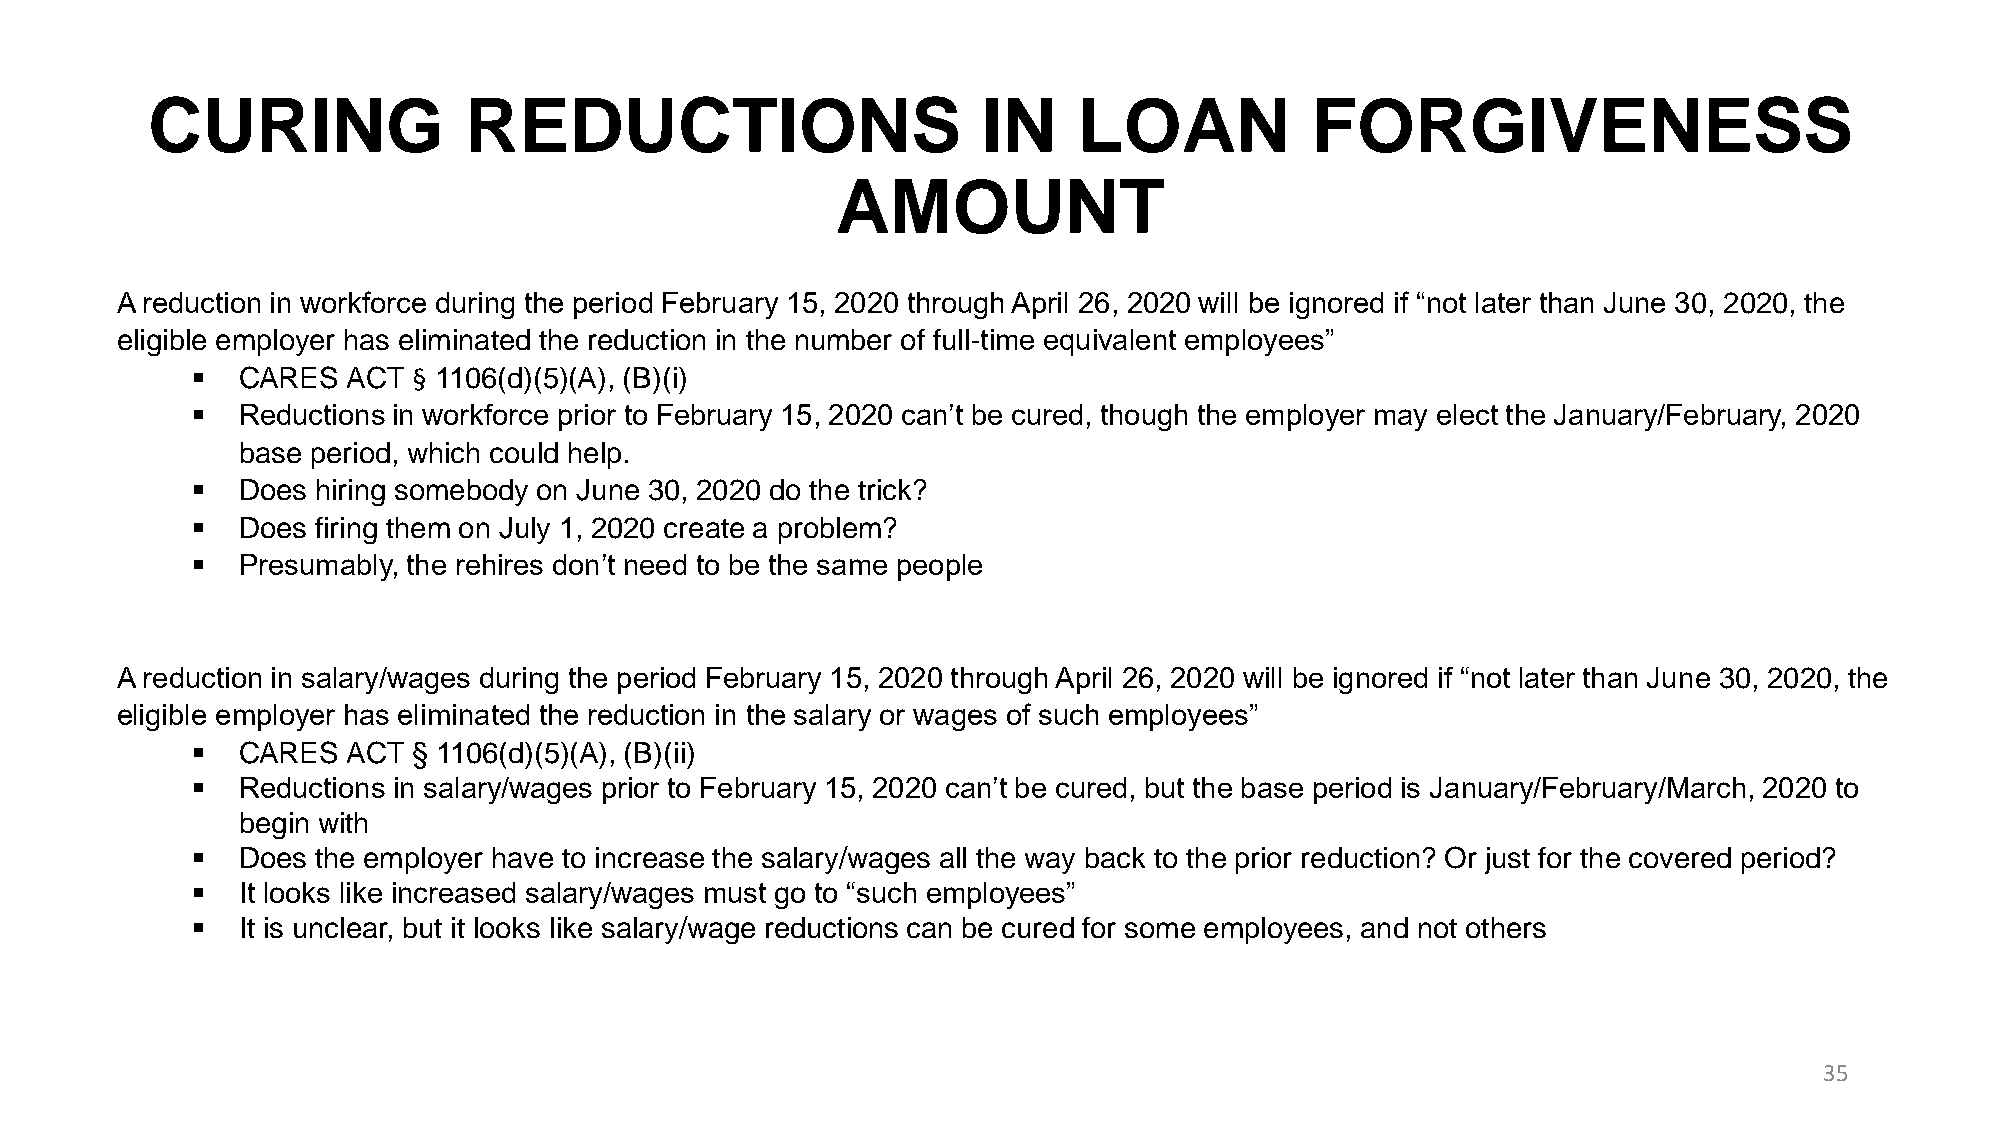
CURING               REDUCTIONS                        IN    LOAN            FORGIVENESS
 AMOUNT
 A reduction in workforce during the period February 15, 2020 through April 26, 2020 will be ignored if “not later than June 30, 2020, the
 eligible employer has eliminated the reduction in the number of full-time equivalent employees”
 ▪  CARES  ACT § 1106(d)(5)(A), (B)(i)
 ▪  Reductions in workforce prior to February 15, 2020 can’t be cured, though the employer may elect the January/February, 2020
 base period, which could help.
 ▪  Does hiring somebody on June 30, 2020 do the trick?
 ▪  Does firing them on July 1, 2020 create a problem?
 ▪  Presumably, the rehires don’t need to be the same people
 A reduction in salary/wages during the period February 15, 2020 through April 26, 2020 will be ignored if “not later than June 30, 2020, the
 eligible employer has eliminated the reduction in the salary or wages of such employees”
 ▪  CARES  ACT § 1106(d)(5)(A), (B)(ii)
 ▪  Reductions in salary/wages prior to February 15, 2020 can’t be cured, but the base period is January/February/March, 2020 to
 begin with
 ▪  Does the employer have to increase the salary/wages all the way back to the prior reduction? Or just for the covered period?
 ▪  It looks like increased salary/wages must go to “such employees”
 ▪  It is unclear, but it looks like salary/wage reductions can be cured for some employees, and not others
 35